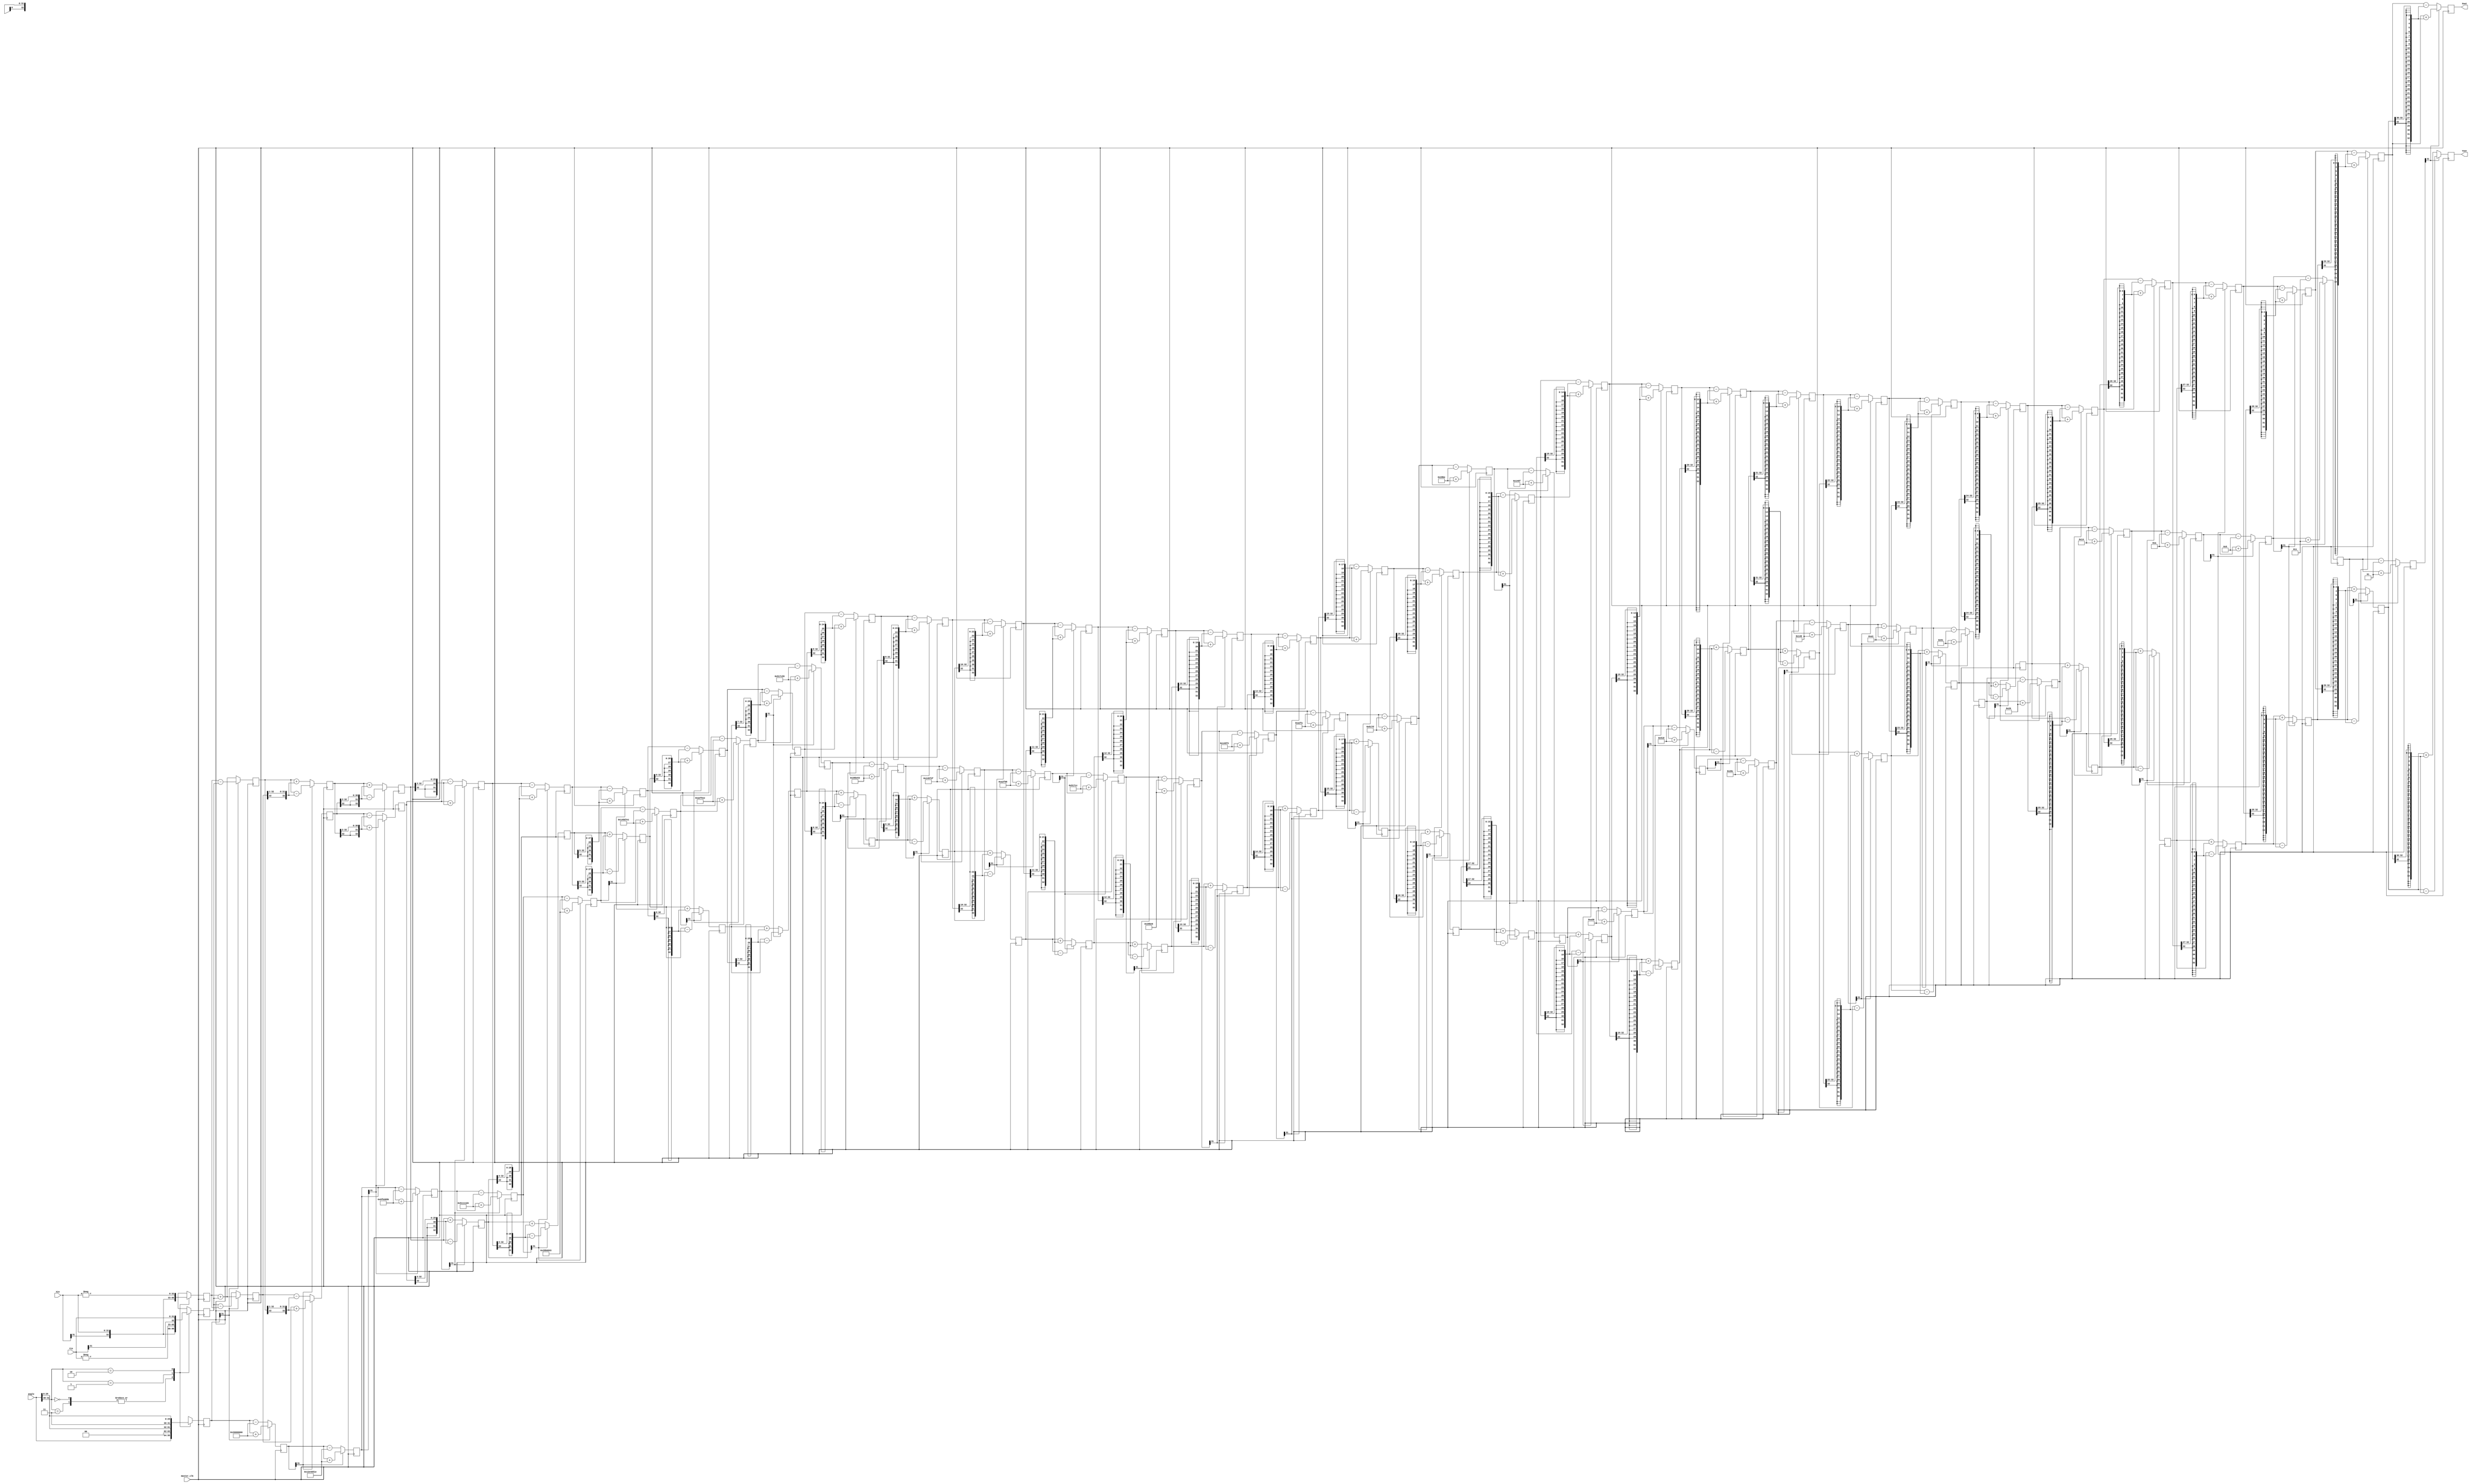
//////////////////////////////////////////////////////////////////////////////////
// Copyright (c) 2021 Harshal Chowdhary
// ///////////////////////////////////////////////////////////////////////////////
// Type:           Module
// Department:     Electronics and Communication Engineering, B.Tech
// Authors' Email: harshalchowdhary15@gmail.com
// Module Name:    cordic 
//////////////////////////////////////////////////////////////////////////////////
// Release History
// 06/22/2021 Harshal Chowdhary Main_Algorithm
//////////////////////////////////////////////////////////////////////////////////
`timescale 1ns/1ps

module Cordic(master_clk,angle,Xin,Yin,Xout,Yout);

parameter BW=32;
localparam iter=BW;
input master_clk;
input signed [31:0] angle;
input signed [BW-1:0] Xin;
input signed [BW-1:0] Yin;
output signed [BW:0] Xout;
output signed [BW:0] Yout;
wire signed [31:0] taninv[0:30];
//reg taninv [31:0] [0:30];
assign taninv[0] = 32'b00100000000000000000000000000000;
assign taninv[1] = 32'b00010010111001000000010100011110;
assign taninv[2] = 32'b00001001111110110011100001011011;
assign taninv[3] = 32'b00000101000100010001000111010100;
assign taninv[4] = 32'b00000010100010110000110101000011;
assign taninv[5] = 32'b00000001010001011101011111100001;
assign taninv[6] = 32'b00000000101000101111011000011110;
assign taninv[7] = 32'b00000000010100010111110001010101;
assign taninv[8] = 32'b00000000001010001011111001010011;
assign taninv[9] = 32'b00000000000101000101111100101111;
assign taninv[10] = 32'b00000000000010100010111110011000;
assign taninv[11] = 32'b00000000000001010001011111001100;
assign taninv[12] = 32'b00000000000000101000101111100110;
assign taninv[13] = 32'b00000000000000010100010111110011;
assign taninv[14] = 32'b00000000000000001010001011111010;
assign taninv[15] = 32'b00000000000000000101000101111101;
assign taninv[16] = 32'b00000000000000000010100010111110;
assign taninv[17] = 32'b00000000000000000001010001011111;
assign taninv[18] = 32'b00000000000000000000101000110000;
assign taninv[19] = 32'b00000000000000000000010100011000;
assign taninv[20] = 32'b00000000000000000000001010001100;
assign taninv[21] = 32'b00000000000000000000000101000110;
assign taninv[22] = 32'b00000000000000000000000010100011;
assign taninv[23] = 32'b00000000000000000000000001010001;
assign taninv[24] = 32'b00000000000000000000000000101001;
assign taninv[25] = 32'b00000000000000000000000000010100;
assign taninv[26] = 32'b00000000000000000000000000001010;
assign taninv[27] = 32'b00000000000000000000000000000101;
assign taninv[28] = 32'b00000000000000000000000000000011;
assign taninv[29] = 32'b00000000000000000000000000000001;
assign taninv[30] = 32'b00000000000000000000000000000001;
reg signed [BW:0] X [0:iter-1];
reg signed [BW:0] Y [0:iter-1];
reg signed [31:0] Z [0:iter-1];
wire [1:0] quadrant;
assign quadrant=angle[31:30];
always @(posedge master_clk)
    begin
        case(quadrant)
            2'b00,2'b11:
                begin
                    X[0]<=Xin;
                    Y[0]<=Yin;
                    Z[0]<=angle;
                end
            2'b01:
                begin
                    X[0] <= -Yin;
                    Y[0] <= Xin;
                    Z[0] <= {2'b00,angle[29:0]};
                end
            2'b10:
                begin
                    X[0] <= Yin;
                    Y[0] <= -Xin;
                    Z[0] <= {2'b11,angle[29:0]};
                end
         endcase
    end
genvar i;
generate
    for(i=0;i<(iter-1);i=i+1)
        begin: XYZ
            wire Z_sign;
            wire [BW:0] X_shr,Y_shr;
            assign X_shr=X[i]>>>(i);
            assign Y_shr=Y[i]>>>(i);
            assign Z_sign=Z[i][31];
            always @(posedge master_clk)
                begin
                    X[i+1] <= Z_sign ? X[i] + Y_shr         : X[i] - Y_shr;
                    Y[i+1] <= Z_sign ? Y[i] - X_shr         : Y[i] + X_shr;
                    Z[i+1] <= Z_sign ? Z[i] + taninv[i] : Z[i] - taninv[i];
                end
        end
endgenerate
assign Xout=X[iter-1];
assign Yout=Y[iter-1];
endmodule